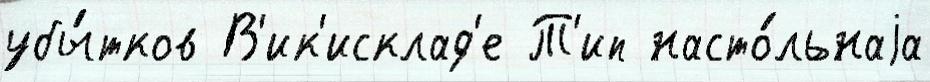
убы́тков В'ик'исклад'е Т'ип насто́льнаjа